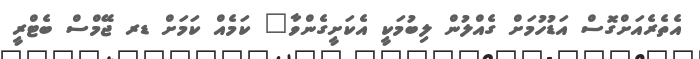
އެތެރެއަށްގޮސް އަޑުހުމަށް ގެއްލުން ލިބުމަކީ އެކަށީގެންވާ" ކަމެއް ކަމަށް ޑރ ޖޭމްސް ބެޓްރީ